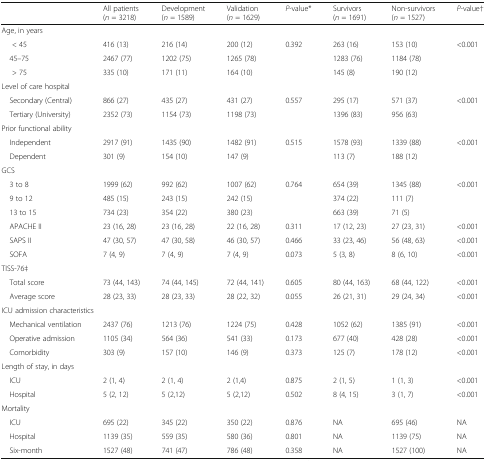
<table><thead><tr><td></td><td><b>All patients (<i>n</i> = 3218)</b></td><td><b>Development (<i>n</i> = 1589)</b></td><td><b>Validation (<i>n</i> = 1629)</b></td><td><b><i>P</i>-value*</b></td><td><b>Survivors (<i>n</i> = 1691)</b></td><td><b>Non-survivors (<i>n</i> = 1527)</b></td><td><b><i>P</i>-value†</b></td></tr></thead><tbody><tr><td colspan="8">Age, in years</td></tr><tr><td>&lt; 45</td><td>416 (13)</td><td>216 (14)</td><td>200 (12)</td><td rowspan="3">0.392</td><td>263 (16)</td><td>153 (10)</td><td rowspan="3">&lt;0.001</td></tr><tr><td> 45–75</td><td>2467 (77)</td><td>1202 (75)</td><td>1265 (78)</td><td>1283 (76)</td><td>1184 (78)</td></tr><tr><td>&gt; 75</td><td>335 (10)</td><td>171 (11)</td><td>164 (10)</td><td>145 (8)</td><td>190 (12)</td></tr><tr><td colspan="8">Level of care hospital</td></tr><tr><td> Secondary (Central)</td><td>866 (27)</td><td>435 (27)</td><td>431 (27)</td><td rowspan="2">0.557</td><td>295 (17)</td><td>571 (37)</td><td rowspan="2">&lt;0.001</td></tr><tr><td> Tertiary (University)</td><td>2352 (73)</td><td>1154 (73)</td><td>1198 (73)</td><td>1396 (83)</td><td>956 (63)</td></tr><tr><td colspan="8">Prior functional ability</td></tr><tr><td> Independent</td><td>2917 (91)</td><td>1435 (90)</td><td>1482 (91)</td><td rowspan="2">0.515</td><td>1578 (93)</td><td>1339 (88)</td><td rowspan="2">&lt;0.001</td></tr><tr><td> Dependent</td><td>301 (9)</td><td>154 (10)</td><td>147 (9)</td><td>113 (7)</td><td>188 (12)</td></tr><tr><td colspan="8">GCS</td></tr><tr><td> 3 to 8</td><td>1999 (62)</td><td>992 (62)</td><td>1007 (62)</td><td rowspan="3">0.764</td><td>654 (39)</td><td>1345 (88)</td><td rowspan="3">&lt;0.001</td></tr><tr><td> 9 to 12</td><td>485 (15)</td><td>243 (15)</td><td>242 (15)</td><td>374 (22)</td><td>111 (7)</td></tr><tr><td> 13 to 15</td><td>734 (23)</td><td>354 (22)</td><td>380 (23)</td><td>663 (39)</td><td>71 (5)</td></tr><tr><td> APACHE II</td><td>23 (16, 28)</td><td>23 (16, 28)</td><td>22 (16, 28)</td><td>0.311</td><td>17 (12, 23)</td><td>27 (23, 31)</td><td>&lt;0.001</td></tr><tr><td> SAPS II</td><td>47 (30, 57)</td><td>47 (30, 58)</td><td>46 (30, 57)</td><td>0.466</td><td>33 (23, 46)</td><td>56 (48, 63)</td><td>&lt;0.001</td></tr><tr><td> SOFA</td><td>7 (4, 9)</td><td>7 (4, 9)</td><td>7 (4, 9)</td><td>0.073</td><td>5 (3, 8)</td><td>8 (6, 10)</td><td>&lt;0.001</td></tr><tr><td colspan="8">TISS-76‡</td></tr><tr><td> Total score</td><td>73 (44, 143)</td><td>74 (44, 145)</td><td>72 (44, 141)</td><td>0.605</td><td>80 (44, 163)</td><td>68 (44, 122)</td><td>&lt;0.001</td></tr><tr><td> Average score</td><td>28 (23, 33)</td><td>28 (23, 33)</td><td>28 (22, 32)</td><td>0.055</td><td>26 (21, 31)</td><td>29 (24, 34)</td><td>&lt;0.001</td></tr><tr><td colspan="8">ICU admission characteristics</td></tr><tr><td> Mechanical ventilation</td><td>2437 (76)</td><td>1213 (76)</td><td>1224 (75)</td><td>0.428</td><td>1052 (62)</td><td>1385 (91)</td><td>&lt;0.001</td></tr><tr><td> Operative admission</td><td>1105 (34)</td><td>564 (36)</td><td>541 (33)</td><td>0.173</td><td>677 (40)</td><td>428 (28)</td><td>&lt;0.001</td></tr><tr><td> Comorbidity</td><td>303 (9)</td><td>157 (10)</td><td>146 (9)</td><td>0.373</td><td>125 (7)</td><td>178 (12)</td><td>&lt;0.001</td></tr><tr><td colspan="8">Length of stay, in days</td></tr><tr><td> ICU</td><td>2 (1, 4)</td><td>2 (1, 4)</td><td>2 (1,4)</td><td>0.875</td><td>2 (1, 5)</td><td>1 (1, 3)</td><td>&lt;0.001</td></tr><tr><td> Hospital</td><td>5 (2, 12)</td><td>5 (2,12)</td><td>5 (2,12)</td><td>0.502</td><td>8 (4, 15)</td><td>3 (1, 7)</td><td>&lt;0.001</td></tr><tr><td colspan="8">Mortality</td></tr><tr><td> ICU</td><td>695 (22)</td><td>345 (22)</td><td>350 (22)</td><td>0.876</td><td>NA</td><td>695 (46)</td><td>NA</td></tr><tr><td> Hospital</td><td>1139 (35)</td><td>559 (35)</td><td>580 (36)</td><td>0.801</td><td>NA</td><td>1139 (75)</td><td>NA</td></tr><tr><td> Six-month</td><td>1527 (48)</td><td>741 (47)</td><td>786 (48)</td><td>0.358</td><td>NA</td><td>1527 (100)</td><td>NA</td></tr></tbody></table>